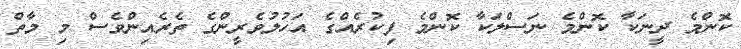
ކޮންމެ ދީނަކާ ކޮންމެ ނަސްލަކާ ކޮންމެ ފިކުރެއްގެ އަހުލުވެރީންގެ ތެރެއިންވެސް މި މާތް